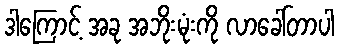
ဒါကြောင့် အခု အဘိုးမုံးကို လာခေါ်တာပါ